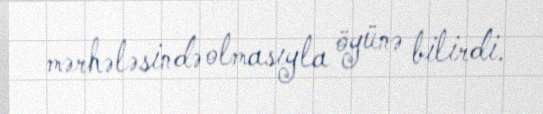
mərhələsində olmasıyla öyünə bilirdi.